Leningradi_Edasi_toimetus, lk 71
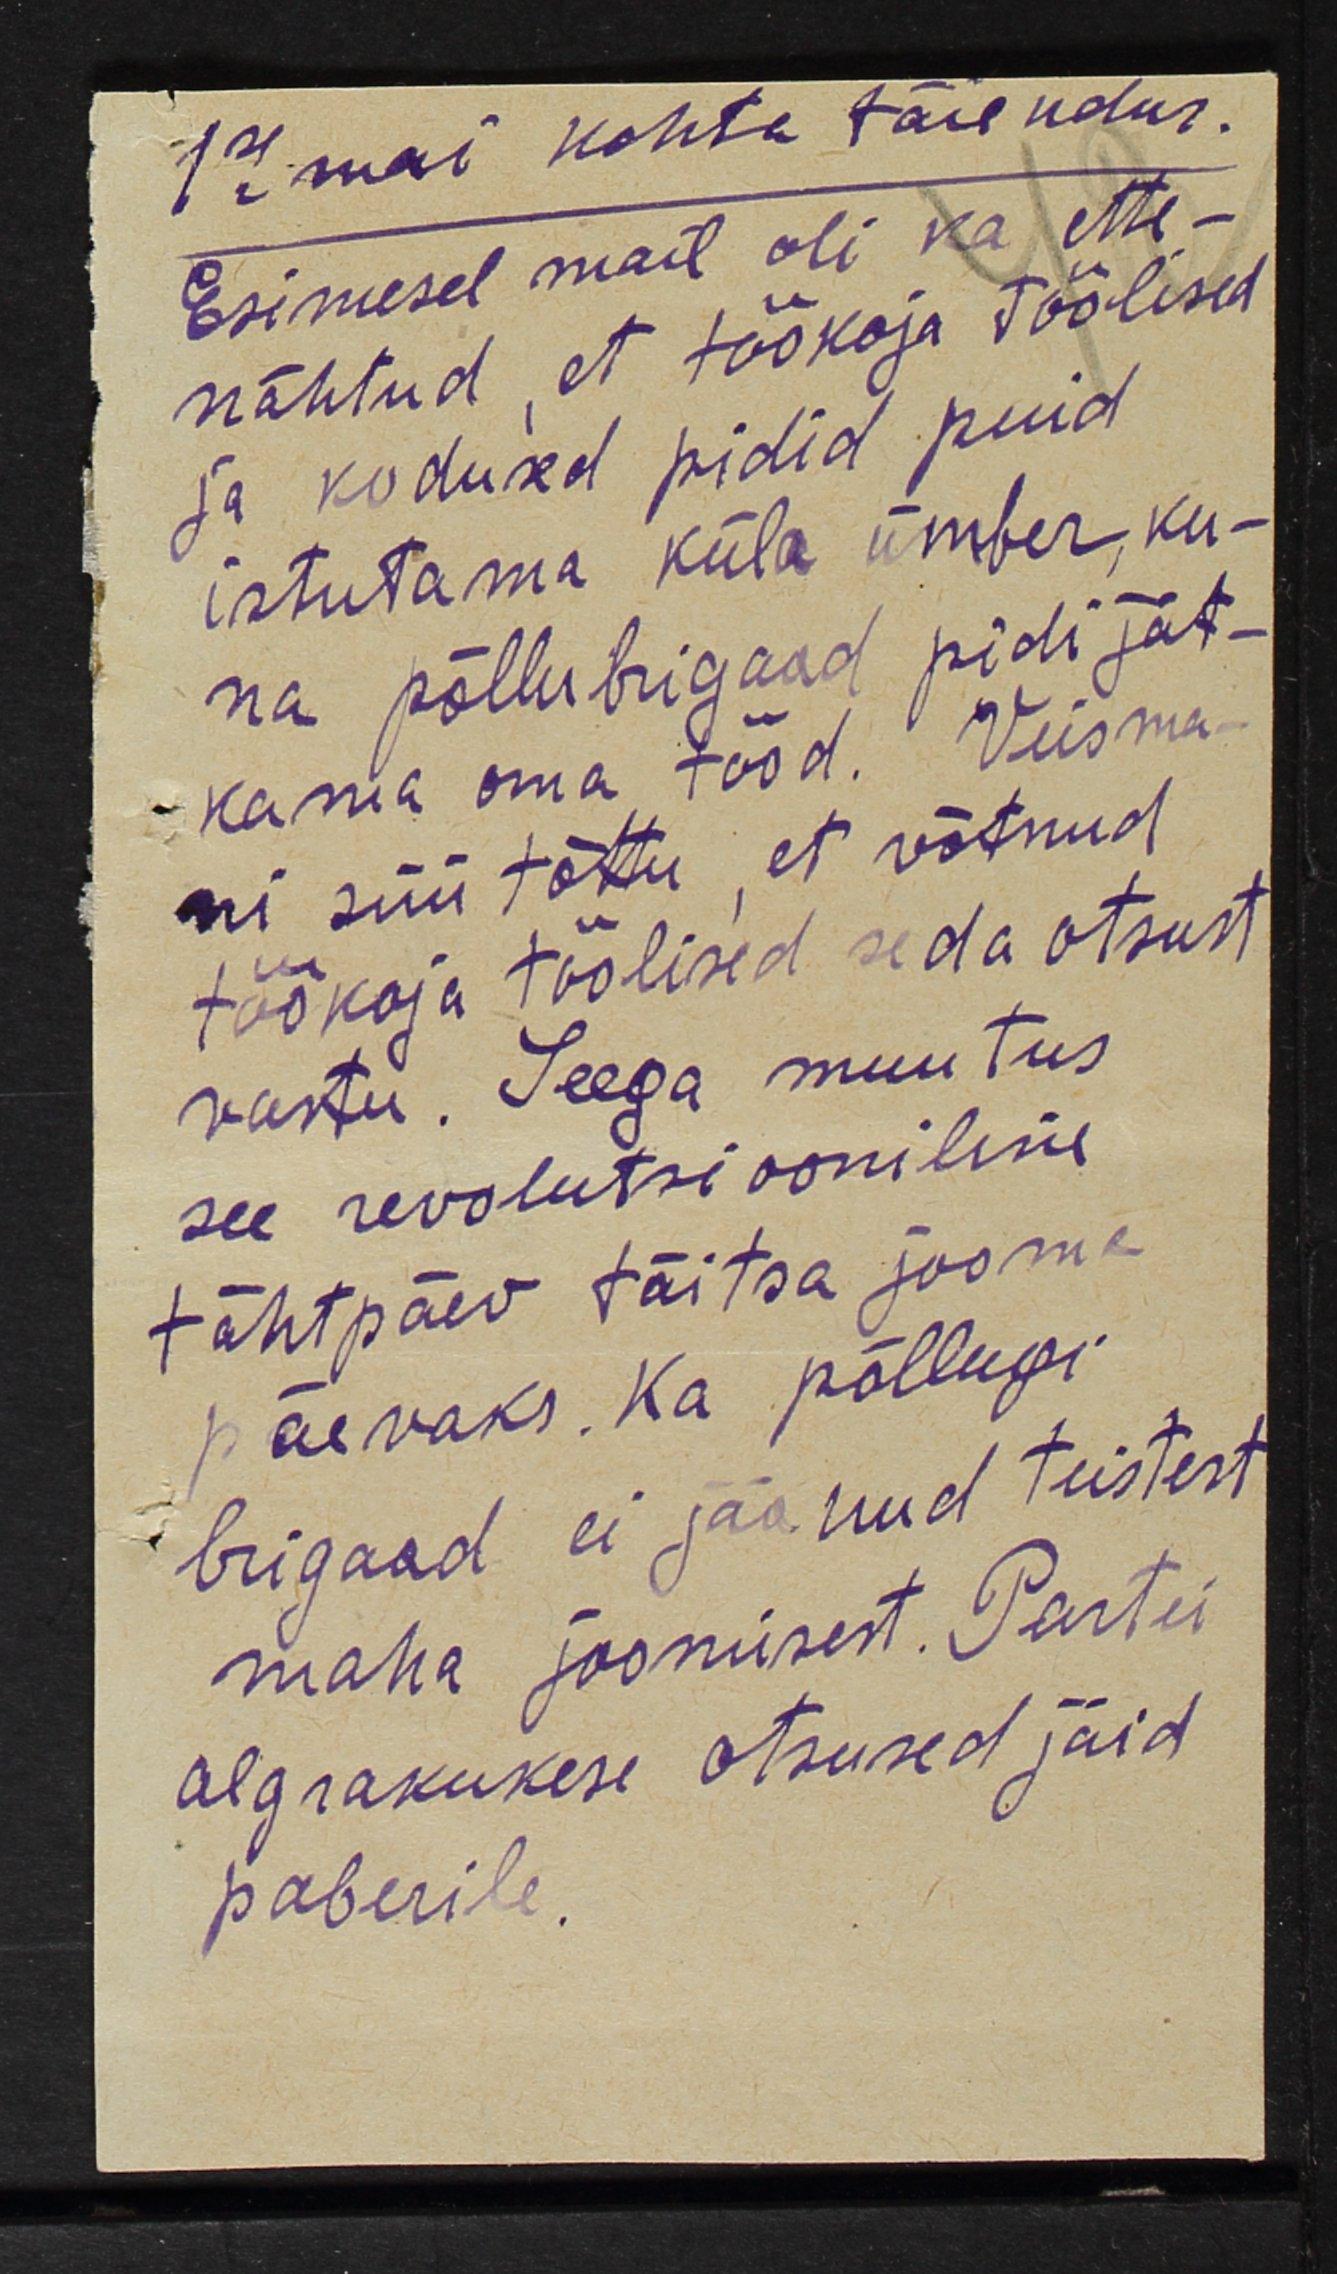
17 mai kohta täiendus.
Esimesel mail oli ka ette-
nähtud, et töökoja töölised
ja kodused pidid puid
istutama küla ümber, ku-
na põllubrigaad pidi jät-
kama oma tööd. Veisma-
ni süü tõttu, et võtnud
töökoja töölised seda otsust
vastu. Seega muutus
see revolutsiooniline
tähtpäev täitsa jooma
päevaks. Ka põllugi
brigaad ei jäänud teistest
maha joomisest. Partei
algrakukese otsused jäid
paberile.